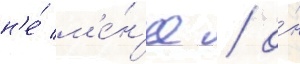
н'е́ м'е́н'ее / о́н